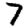
Digit: 7